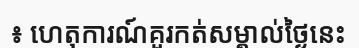
៖ ហេតុការណ៍គួរកត់សម្គាល់ថ្ងៃនេះ